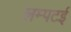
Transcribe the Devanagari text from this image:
लम्पटई